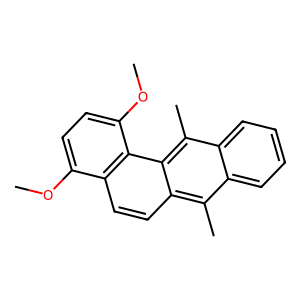
SMILES: COc1ccc(OC)c2c1ccc1c(C)c3ccccc3c(C)c12
Inhibits HIV replication: No